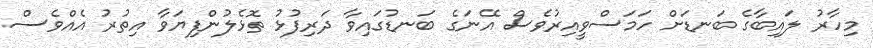
މިހާރު ލައިބާގެ ބަނޑަށް ހަމަސްވީއިރުވެސް އޭނަގެ ބަނޑުގައިވާ ދަރިފުޅު ތޮޅެލުންފިޔަވާ އިތުރު އެއްވެސް